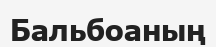
Бальбоаның